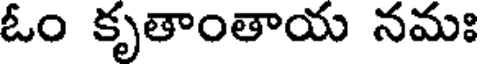
ఓం కృతాంతాయ నమః